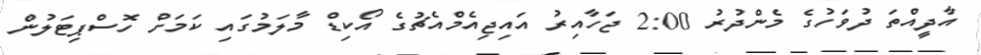
އާދީއްތަ ދުވަހުގެ މެންދުރު 2:00 ޖަހާއިރު އައިޖިއެމްއެޗުގެ އޯކިޑް މާލަމުގައި ކަމަށް ހޮސްޕިޓަލުން